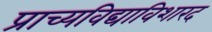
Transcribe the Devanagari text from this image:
प्राच्यविद्याविशारद